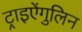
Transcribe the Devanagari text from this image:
ट्राइऐंगुलिन